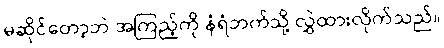
မဆိုင်တော့ဘဲ အကြည့်ကို နံရံဘက်သို့ လွှဲထားလိုက်သည်။